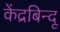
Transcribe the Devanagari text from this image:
केंद्रबिन्दू